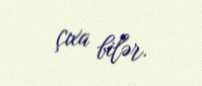
çıxa bilər.